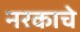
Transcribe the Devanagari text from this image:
नरकाचे